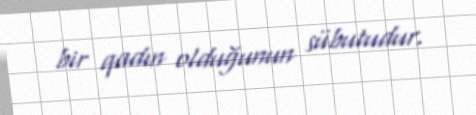
bir qadın olduğunun sübutudur.